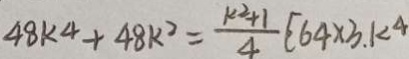
4 8 k ^ { 4 } + 4 8 k ^ { 2 } = \frac { k ^ { 2 } + 1 } { 4 } [ 6 4 \times 3 . k ^ { 4 }